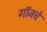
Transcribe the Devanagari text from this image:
गॉजचे